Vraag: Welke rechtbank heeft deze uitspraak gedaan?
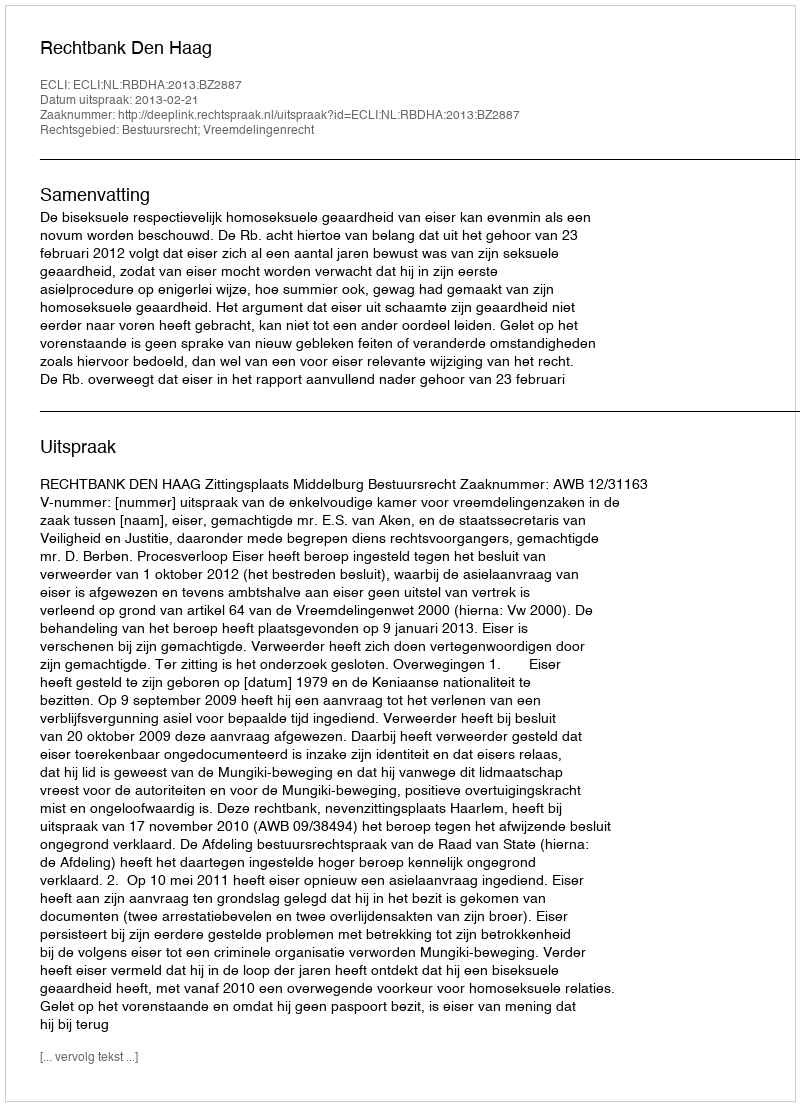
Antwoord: Rechtbank Den Haag